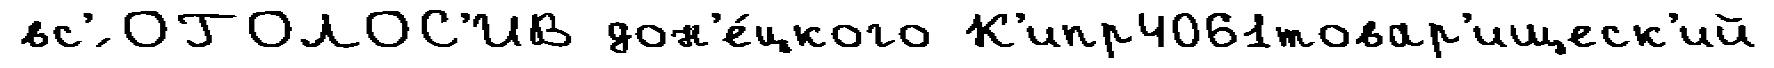
вс'́ ОГОЛОС'ИВ дон'е́цкого К'ипр4061товар'ищеск'ий